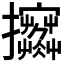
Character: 𢺦